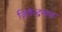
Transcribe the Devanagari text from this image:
जितेन्द्रनाथ